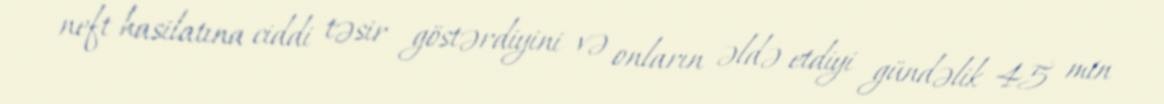
neft hasilatına ciddi təsir göstərdiyini və onların əldə etdiyi gündəlik 45 min